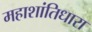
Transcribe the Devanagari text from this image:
महाशांतिधारा